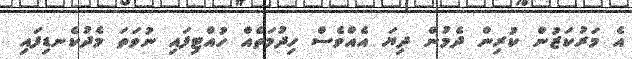
އެ މަރުކަޒުން ކުރިން ދެމުން ދިޔަ އެއްވެސް ހިދުމަތެއް ހުއްޓިފައި ނުވަތަ މެދުކެނޑިފައި